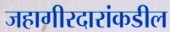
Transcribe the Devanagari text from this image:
जहागीरदारांकडील